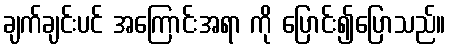
ချက်ချင်းပင် အကြောင်းအရာ ကို ပြောင်း၍ပြောသည်။